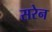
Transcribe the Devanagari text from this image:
सरेन